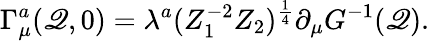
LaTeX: \Gamma_{\mu}^{a}(\mathscr{Q},0)=\lambda^{a}(Z_{1}^{-2}Z_{2})^{\frac{{1}}{{4}}}\partial_{\mu}G^{-1}(\mathscr{Q}).